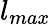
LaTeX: l_{max}